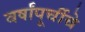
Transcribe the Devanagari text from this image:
वर्षांपूर्चीचे